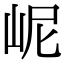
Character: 㞾